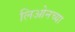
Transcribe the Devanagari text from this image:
लिओनच्या